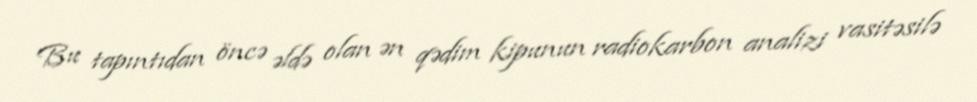
Bu tapıntıdan öncə əldə olan ən qədim kipunun radiokarbon analizi vasitəsilə